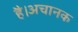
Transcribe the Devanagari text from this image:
है।अचानक